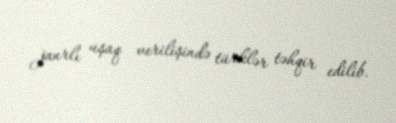
janrlı uşaq verilişində türklər təhqir edilib.